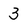
Character: 3